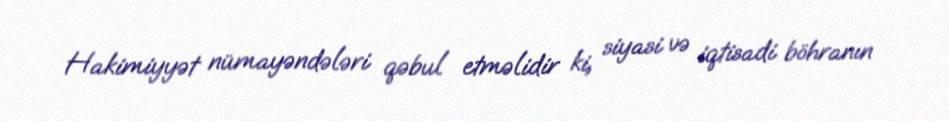
Hakimiyyət nümayəndələri qəbul etməlidir ki, siyasi və iqtisadi böhranın